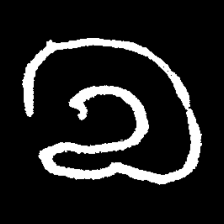
Pyu character \u2014 Myanmar letter: လ (romanized: la)